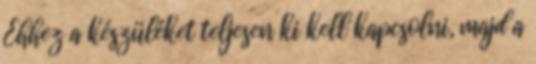
Ehhez a készüléket teljesen ki kell kapcsolni, majd a